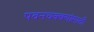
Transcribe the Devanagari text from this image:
पवनचक्क्यांसाठी